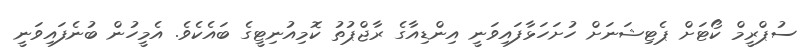
ސުޕްރީމް ކޯޓަށް ޕެޓިޝަނަށް ހުށަހަޅާފައިވަނީ އިންޑިއާގެ ރާޖްޕުތު ކޮމިއުނިޓީގެ ބައެކެވެ. އެމީހުން ބުނެފައިވަނީ